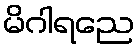
မိဂါရညေ